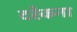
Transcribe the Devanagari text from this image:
दरेकना